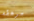
مرهقه